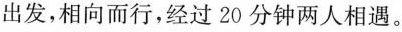
出发，相向而行，经过20分钟两人相遇。